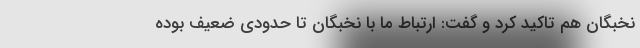
نخبگان هم تاکید کرد و گفت: ارتباط ما با نخبگان تا حدودی ضعیف بوده